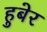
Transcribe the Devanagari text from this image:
हुबेर